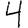
Digit: 4